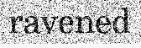
ravened